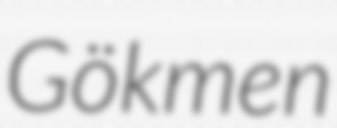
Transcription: Gökmen